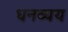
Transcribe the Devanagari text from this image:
धनव्यय